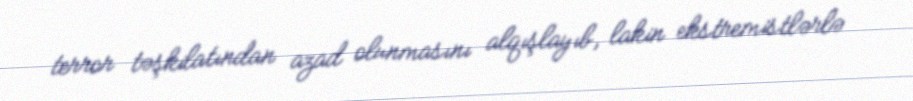
terror təşkilatından azad olunmasını alqışlayıb, lakin ekstremistlərlə